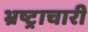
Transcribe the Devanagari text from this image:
भ्रष्ट्राचारी